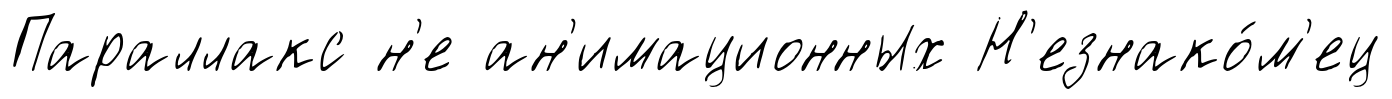
Параллакс н'е ан'имационных Н'езнако́м'ец